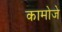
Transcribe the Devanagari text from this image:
कामोजे